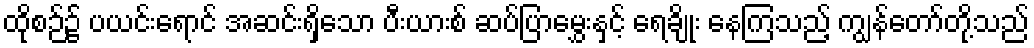
ထိုစဉ်၌ ပယင်းရောင် အဆင်းရှိသော ပီးယားစ် ဆပ်ပြာမွှေးနှင့် ရေချိုး နေကြသည့် ကျွန်တော်တို့သည်